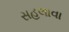
સહલાવા